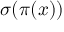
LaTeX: \sigma ( \pi ( x ) )